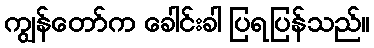
ကျွန်တော်က ခေါင်းခါ ပြရပြန်သည်။